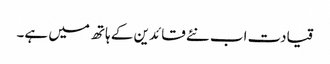
قیادت اب نئے قائدین کے ہاتھ میں ہے۔